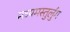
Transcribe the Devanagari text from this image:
मध्यमस्तुर्लुग